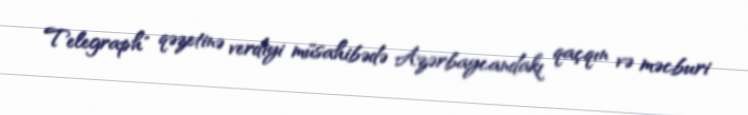
Telegraph" qəzetinə verdiyi müsahibədə Azərbaycandakı qaçqın və məcburi